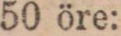
50 öre: